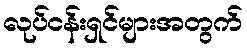
လုပ်ငန်းရှင်များအတွက်